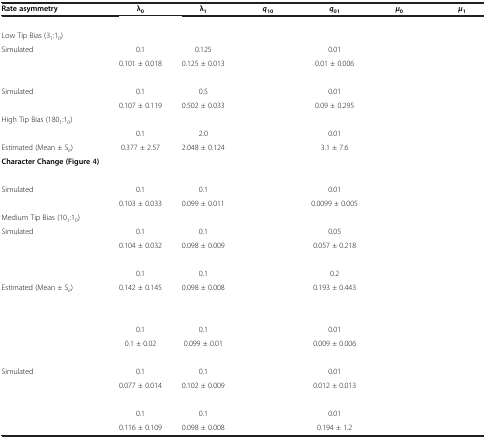
<table><thead><tr><td><b>Rate asymmetry</b></td><td><b>λ<sub>0</sub></b></td><td><b>λ<sub>1</sub></b></td><td><b><i>q</i><sub>10</sub></b></td><td><b><i>q</i><sub>01</sub></b></td><td><b><i>μ</i><sub>0</sub></b></td><td><b><i>μ</i><sub>1</sub></b></td></tr></thead><tbody><tr><td>[EMPTY_CELL]</td><td>[EMPTY_CELL]</td><td>[EMPTY_CELL]</td><td>[EMPTY_CELL]</td><td>[EMPTY_CELL]</td><td>[EMPTY_CELL]</td><td>[EMPTY_CELL]</td></tr><tr><td>Low Tip Bias (3<sub>1</sub>:1<sub>0</sub>)</td><td>[EMPTY_CELL]</td><td>[EMPTY_CELL]</td><td>[EMPTY_CELL]</td><td>[EMPTY_CELL]</td><td>[EMPTY_CELL]</td><td>[EMPTY_CELL]</td></tr><tr><td>Simulated</td><td>0.1</td><td>0.125</td><td>[EMPTY_CELL]</td><td>0.01</td><td>[EMPTY_CELL]</td><td>[EMPTY_CELL]</td></tr><tr><td>[EMPTY_CELL]</td><td>0.101 ± 0.018</td><td>0.125 ± 0.013</td><td>[EMPTY_CELL]</td><td>0.01 ± 0.006</td><td>[EMPTY_CELL]</td><td>[EMPTY_CELL]</td></tr><tr><td>[EMPTY_CELL]</td><td>[EMPTY_CELL]</td><td>[EMPTY_CELL]</td><td>[EMPTY_CELL]</td><td>[EMPTY_CELL]</td><td>[EMPTY_CELL]</td><td>[EMPTY_CELL]</td></tr><tr><td>Simulated</td><td>0.1</td><td>0.5</td><td>[EMPTY_CELL]</td><td>0.01</td><td>[EMPTY_CELL]</td><td>[EMPTY_CELL]</td></tr><tr><td>[EMPTY_CELL]</td><td>0.107 ± 0.119</td><td>0.502 ± 0.033</td><td>[EMPTY_CELL]</td><td>0.09 ± 0.295</td><td>[EMPTY_CELL]</td><td>[EMPTY_CELL]</td></tr><tr><td>High Tip Bias (180<sub>1</sub>:1<sub>0</sub>)</td><td>[EMPTY_CELL]</td><td>[EMPTY_CELL]</td><td>[EMPTY_CELL]</td><td>[EMPTY_CELL]</td><td>[EMPTY_CELL]</td><td>[EMPTY_CELL]</td></tr><tr><td>[EMPTY_CELL]</td><td>0.1</td><td>2.0</td><td>[EMPTY_CELL]</td><td>0.01</td><td>[EMPTY_CELL]</td><td>[EMPTY_CELL]</td></tr><tr><td>Estimated (Mean ± S<sub><i>e</i></sub>)</td><td>0.377 ± 2.57</td><td>2.048 ± 0.124</td><td>[EMPTY_CELL]</td><td>3.1 ± 7.6</td><td>[EMPTY_CELL]</td><td>[EMPTY_CELL]</td></tr><tr><td><b>Character Change (Figure</b>4<b>)</b></td><td>[EMPTY_CELL]</td><td>[EMPTY_CELL]</td><td>[EMPTY_CELL]</td><td>[EMPTY_CELL]</td><td>[EMPTY_CELL]</td><td>[EMPTY_CELL]</td></tr><tr><td>[EMPTY_CELL]</td><td>[EMPTY_CELL]</td><td>[EMPTY_CELL]</td><td>[EMPTY_CELL]</td><td>[EMPTY_CELL]</td><td>[EMPTY_CELL]</td><td>[EMPTY_CELL]</td></tr><tr><td>Simulated</td><td>0.1</td><td>0.1</td><td>[EMPTY_CELL]</td><td>0.01</td><td>[EMPTY_CELL]</td><td>[EMPTY_CELL]</td></tr><tr><td>[EMPTY_CELL]</td><td>0.103 ± 0.033</td><td>0.099 ± 0.011</td><td>[EMPTY_CELL]</td><td>0.0099 ± 0.005</td><td>[EMPTY_CELL]</td><td>[EMPTY_CELL]</td></tr><tr><td>Medium Tip Bias (10<sub>1</sub>:1<sub>0</sub>)</td><td>[EMPTY_CELL]</td><td>[EMPTY_CELL]</td><td>[EMPTY_CELL]</td><td>[EMPTY_CELL]</td><td>[EMPTY_CELL]</td><td>[EMPTY_CELL]</td></tr><tr><td>Simulated</td><td>0.1</td><td>0.1</td><td>[EMPTY_CELL]</td><td>0.05</td><td>[EMPTY_CELL]</td><td>[EMPTY_CELL]</td></tr><tr><td>[EMPTY_CELL]</td><td>0.104 ± 0.032</td><td>0.098 ± 0.009</td><td>[EMPTY_CELL]</td><td>0.057 ± 0.218</td><td>[EMPTY_CELL]</td><td>[EMPTY_CELL]</td></tr><tr><td>[EMPTY_CELL]</td><td>[EMPTY_CELL]</td><td>[EMPTY_CELL]</td><td>[EMPTY_CELL]</td><td>[EMPTY_CELL]</td><td>[EMPTY_CELL]</td><td>[EMPTY_CELL]</td></tr><tr><td>[EMPTY_CELL]</td><td>0.1</td><td>0.1</td><td>[EMPTY_CELL]</td><td>0.2</td><td>[EMPTY_CELL]</td><td>[EMPTY_CELL]</td></tr><tr><td>Estimated (Mean ± S<sub><i>e</i></sub>)</td><td>0.142 ± 0.145</td><td>0.098 ± 0.008</td><td>[EMPTY_CELL]</td><td>0.193 ± 0.443</td><td>[EMPTY_CELL]</td><td>[EMPTY_CELL]</td></tr><tr><td>[EMPTY_CELL]</td><td>[EMPTY_CELL]</td><td>[EMPTY_CELL]</td><td>[EMPTY_CELL]</td><td>[EMPTY_CELL]</td><td>[EMPTY_CELL]</td><td>[EMPTY_CELL]</td></tr><tr><td>[EMPTY_CELL]</td><td>[EMPTY_CELL]</td><td>[EMPTY_CELL]</td><td>[EMPTY_CELL]</td><td>[EMPTY_CELL]</td><td>[EMPTY_CELL]</td><td>[EMPTY_CELL]</td></tr><tr><td>[EMPTY_CELL]</td><td>0.1</td><td>0.1</td><td>[EMPTY_CELL]</td><td>0.01</td><td>[EMPTY_CELL]</td><td>[EMPTY_CELL]</td></tr><tr><td>[EMPTY_CELL]</td><td>0.1 ± 0.02</td><td>0.099 ± 0.01</td><td>[EMPTY_CELL]</td><td>0.009 ± 0.006</td><td>[EMPTY_CELL]</td><td>[EMPTY_CELL]</td></tr><tr><td>[EMPTY_CELL]</td><td>[EMPTY_CELL]</td><td>[EMPTY_CELL]</td><td>[EMPTY_CELL]</td><td>[EMPTY_CELL]</td><td>[EMPTY_CELL]</td><td>[EMPTY_CELL]</td></tr><tr><td>Simulated</td><td>0.1</td><td>0.1</td><td>[EMPTY_CELL]</td><td>0.01</td><td>[EMPTY_CELL]</td><td>[EMPTY_CELL]</td></tr><tr><td>[EMPTY_CELL]</td><td>0.077 ± 0.014</td><td>0.102 ± 0.009</td><td>[EMPTY_CELL]</td><td>0.012 ± 0.013</td><td>[EMPTY_CELL]</td><td>[EMPTY_CELL]</td></tr><tr><td>[EMPTY_CELL]</td><td>[EMPTY_CELL]</td><td>[EMPTY_CELL]</td><td>[EMPTY_CELL]</td><td>[EMPTY_CELL]</td><td>[EMPTY_CELL]</td><td>[EMPTY_CELL]</td></tr><tr><td>[EMPTY_CELL]</td><td>0.1</td><td>0.1</td><td>[EMPTY_CELL]</td><td>0.01</td><td>[EMPTY_CELL]</td><td>[EMPTY_CELL]</td></tr><tr><td>[EMPTY_CELL]</td><td>0.116 ± 0.109</td><td>0.098 ± 0.008</td><td>[EMPTY_CELL]</td><td>0.194 ± 1.2</td><td>[EMPTY_CELL]</td><td>[EMPTY_CELL]</td></tr></tbody></table>